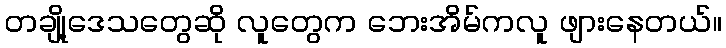
တချို့ဒေသတွေဆို လူတွေက ဘေးအိမ်ကလူ ဖျားနေတယ်။